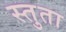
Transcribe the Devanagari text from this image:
स्तुता